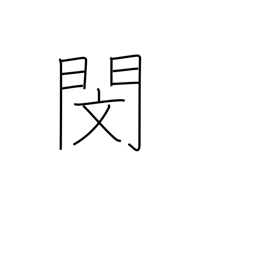
Meaning: pity